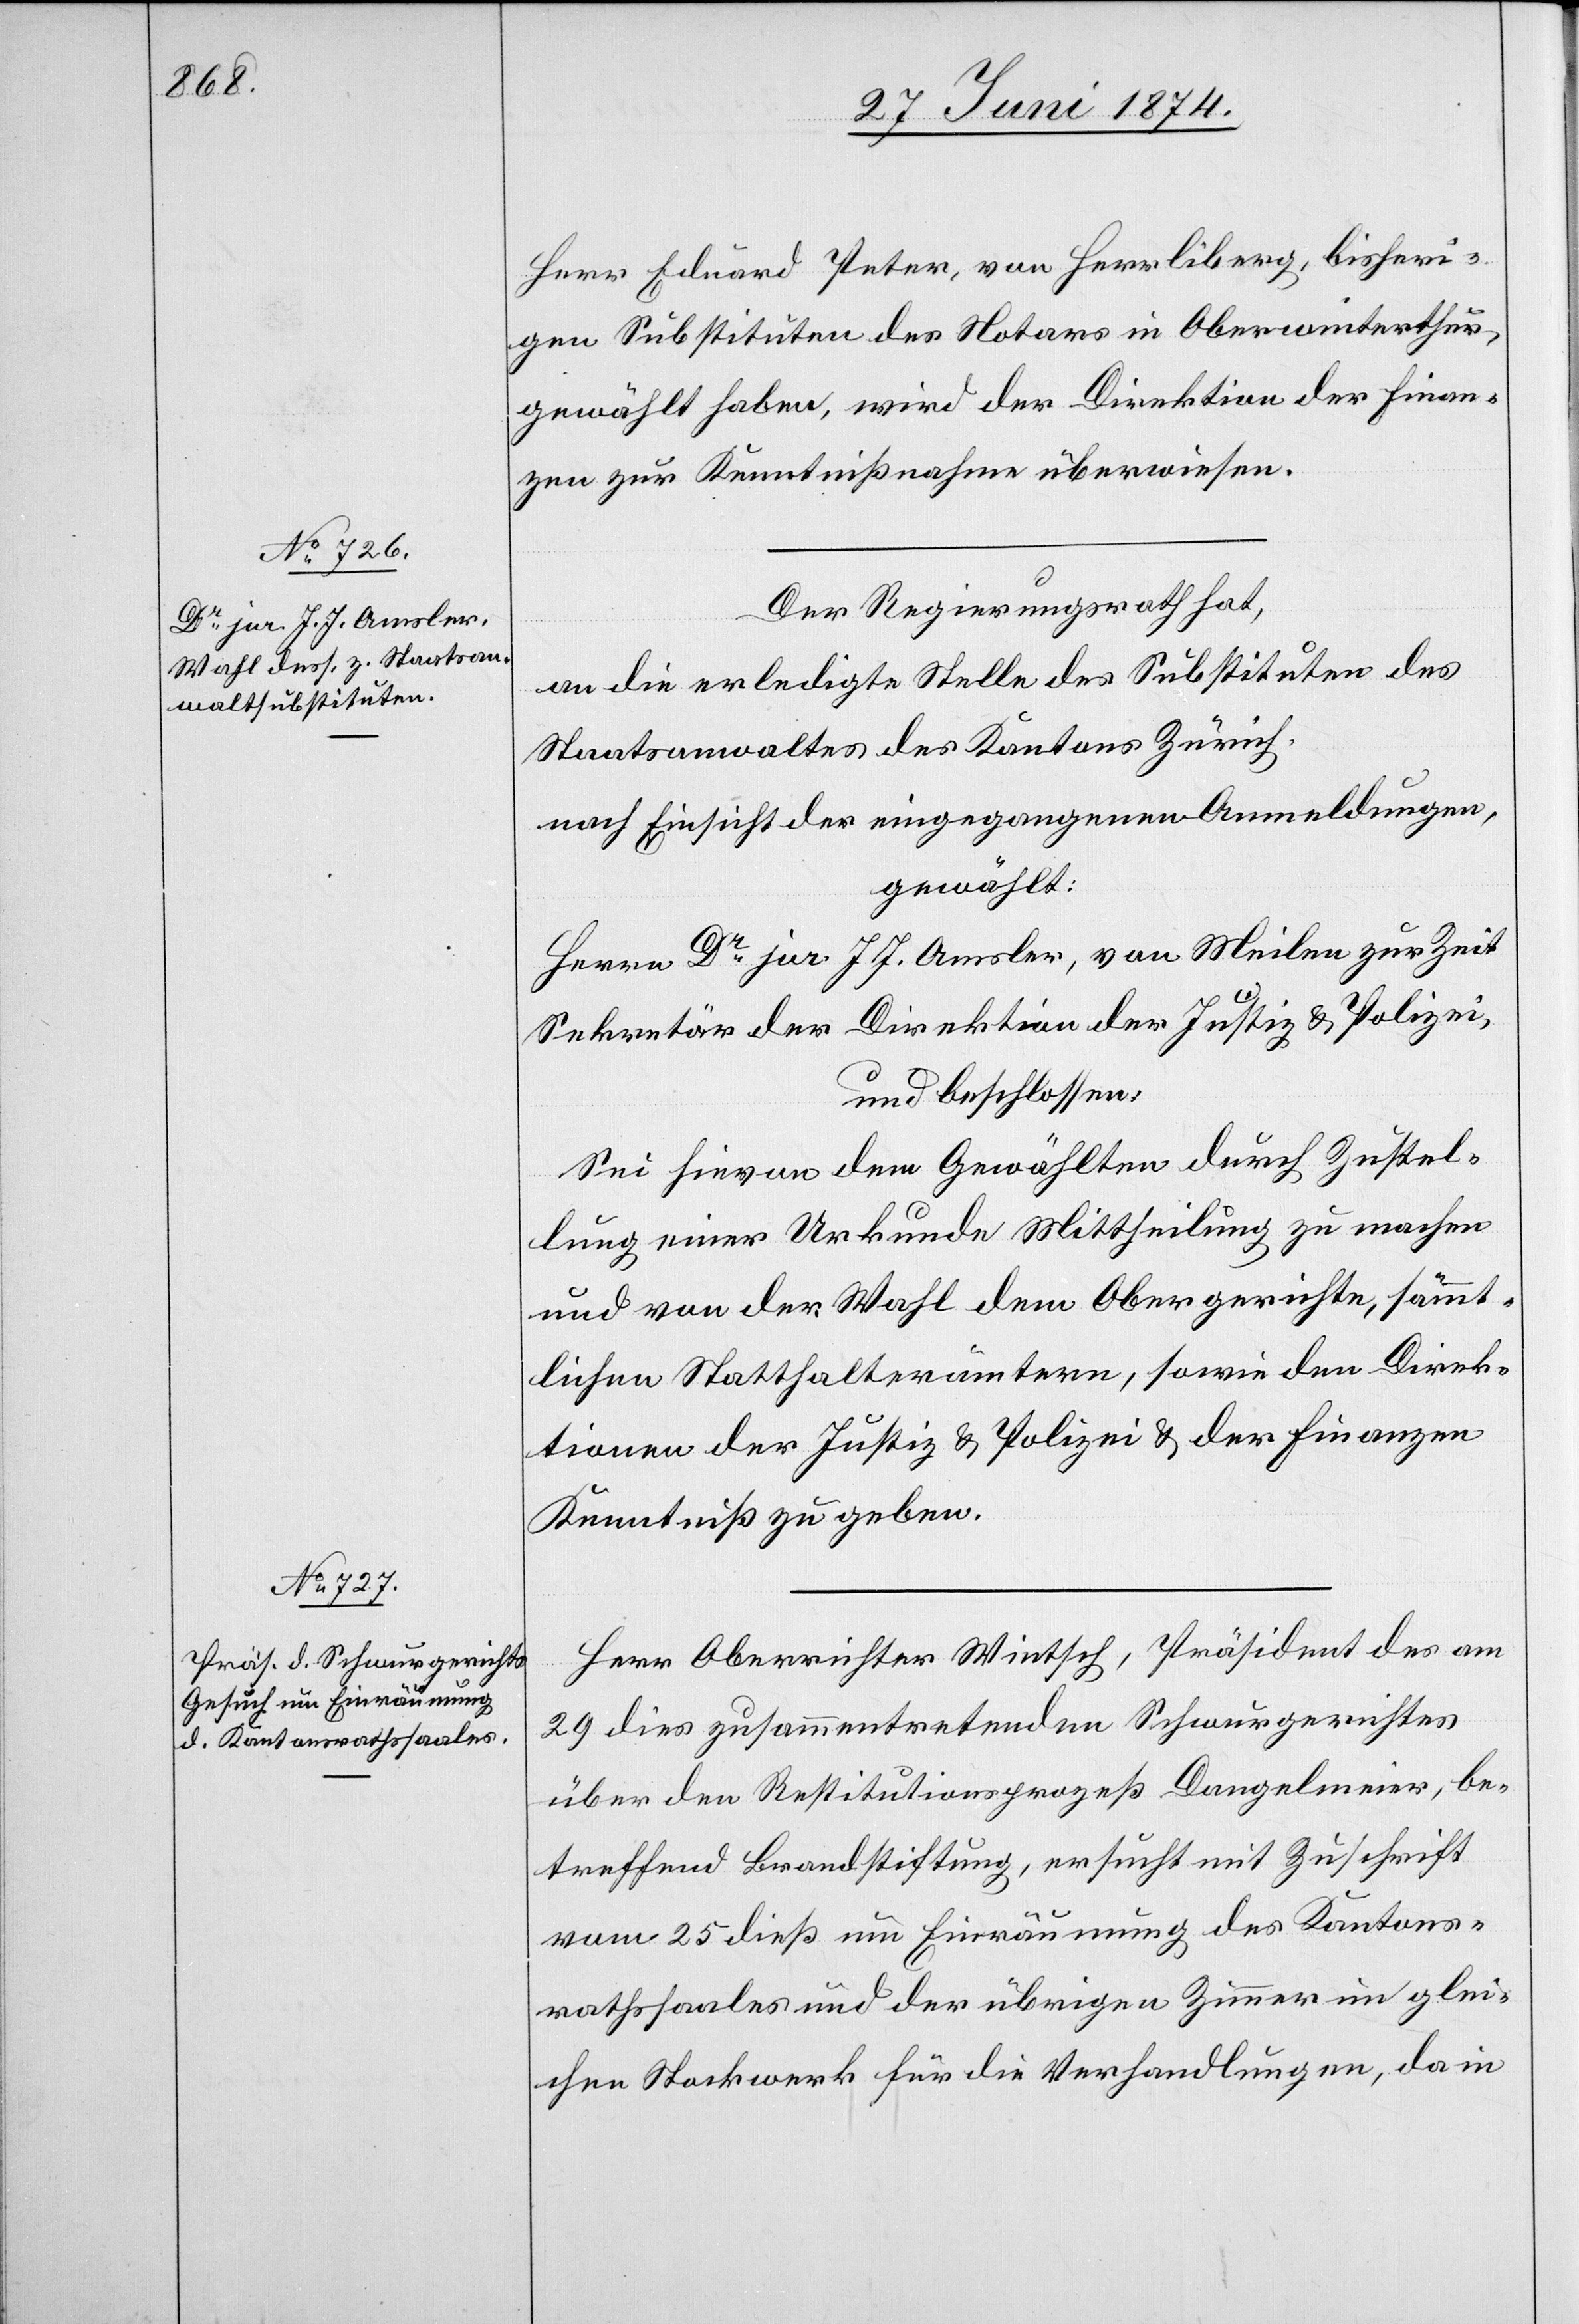
Herr Eduard Peter, von Herrliberg, bisheri¬
gen Substituten des Notars in Oberwinterthur,
gewählt haben, wird der Direktion der Finan¬
zen zur Kenntnißnahme überwiesen.
Der Regierungsrath hat,
an die erledigte Stelle des Substituten des
Staatsanwaltes des Kantons Zürich
nach Einsicht der eingegangenen Anmeldungen,
gewählt:
Herrn Dr jur. J. J. Amsler, von Meilen zur Zeit
Sekretär der Direktion der Justiz u. Polizei,
und beschlossen:
Sei hievon dem Gewählten durch Zustel¬
lung einer Urkunde Mittheilung zu machen
und von der Wahl dem Obergerichte, sämmt¬
lichen Statthalterämtern, sowie den Direk¬
tionen der Justiz u. Polizei u. der Finanzen
Kenntniß zu geben.
Herr Oberrichter Wintsch, Präsident des am
29. dies zusammentretenden Schwurgerichtes
über den Restitutionsprozeß Dangelmeier, be¬
treffend Brandstiftung, ersucht mit Zuschrift
vom 25. dieß um Einräumung des Kantons¬
rathssaales und der übrigen Zimmer im glei¬
chen Stockwerk für die Verhandlungen, da in